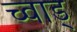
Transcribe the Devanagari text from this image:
च्वाड्